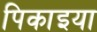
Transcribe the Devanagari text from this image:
पिकाइया